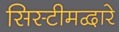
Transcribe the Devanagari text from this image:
सिस्टीमद्वारे